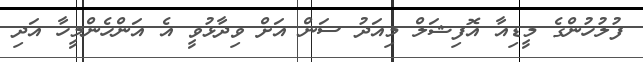
ފުލުހުންގެ މީޑިއާ އޮފިޝަލް މިއަދު ސަން އަށް ވިދާޅުވީ އެ އަންހެންމީހާ އަދި